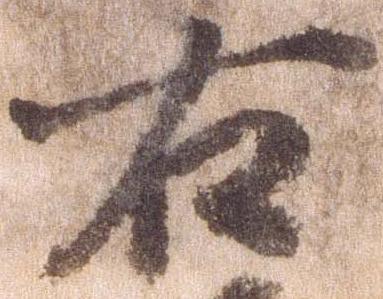
右